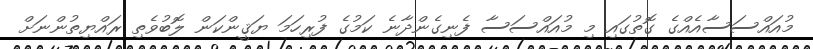
މުއައްސަސާއެއްގެ ގޮތުގައި މި މުއައްސަސާ ފެނިގެންދާނެ ކަމުގެ ފުރިހަމަ ޔަޤީންކަން ލޮބުވެތި ރައްޔިތުންނަށް